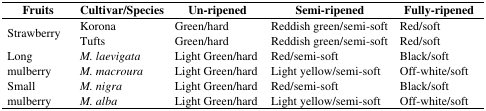
| Fruits | Cultivar/Species | Un-ripened | Semi-ripened | Fully-ripened |
 | --- | --- | --- | --- | --- |
 | <ROWSPAN=2> Strawberry | Korona | Green/hard | Reddish green/semi-soft | Red/soft |
 | Tufts | Green/hard | Reddish green/semi-soft | Red/soft |
 | <ROWSPAN=2> Long mulberry | M. laevigata | Light Green/hard | Red/semi-soft | Black/soft |
 | M. macroura | Light Green/hard | Light yellow/semi-soft | Off-white/soft |
 | <ROWSPAN=2> Small mulberry | M. nigra | Light Green/hard | Red/semi-soft | Black/soft |
 | M. alba | Light Green/hard | Light yellow/semi-soft | Off-white/soft |